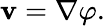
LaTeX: \mathbf{v}=\nabla\varphi.